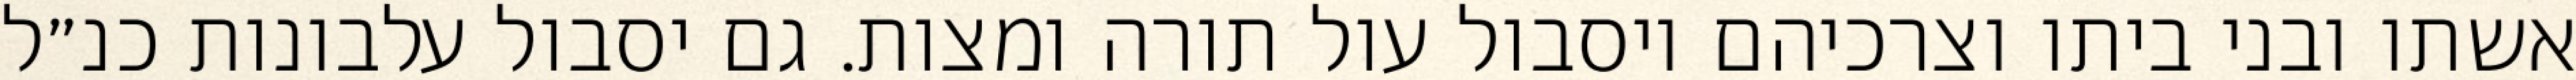
אשתו ובני ביתו וצרכיהם ויסבול עול תורה ומצות. גם יסבול עלבונות כנ״ל